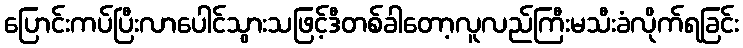
ပြောင်းကပ်ပြီးလာပေါင်သွားသဖြင့်ဒီတစ်ခါတော့လူလည်ကြီးမသီးခံလိုက်ရခြင်း